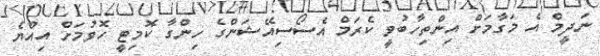
ނަދީމް އެ މަގާމަށް އިންތިހާބުވީ ކެރަމް އެސޯސިއޭޝަންގެ ހިންގާ ކޮމިޓީ ހޮވުމަށް އިއްޔެ